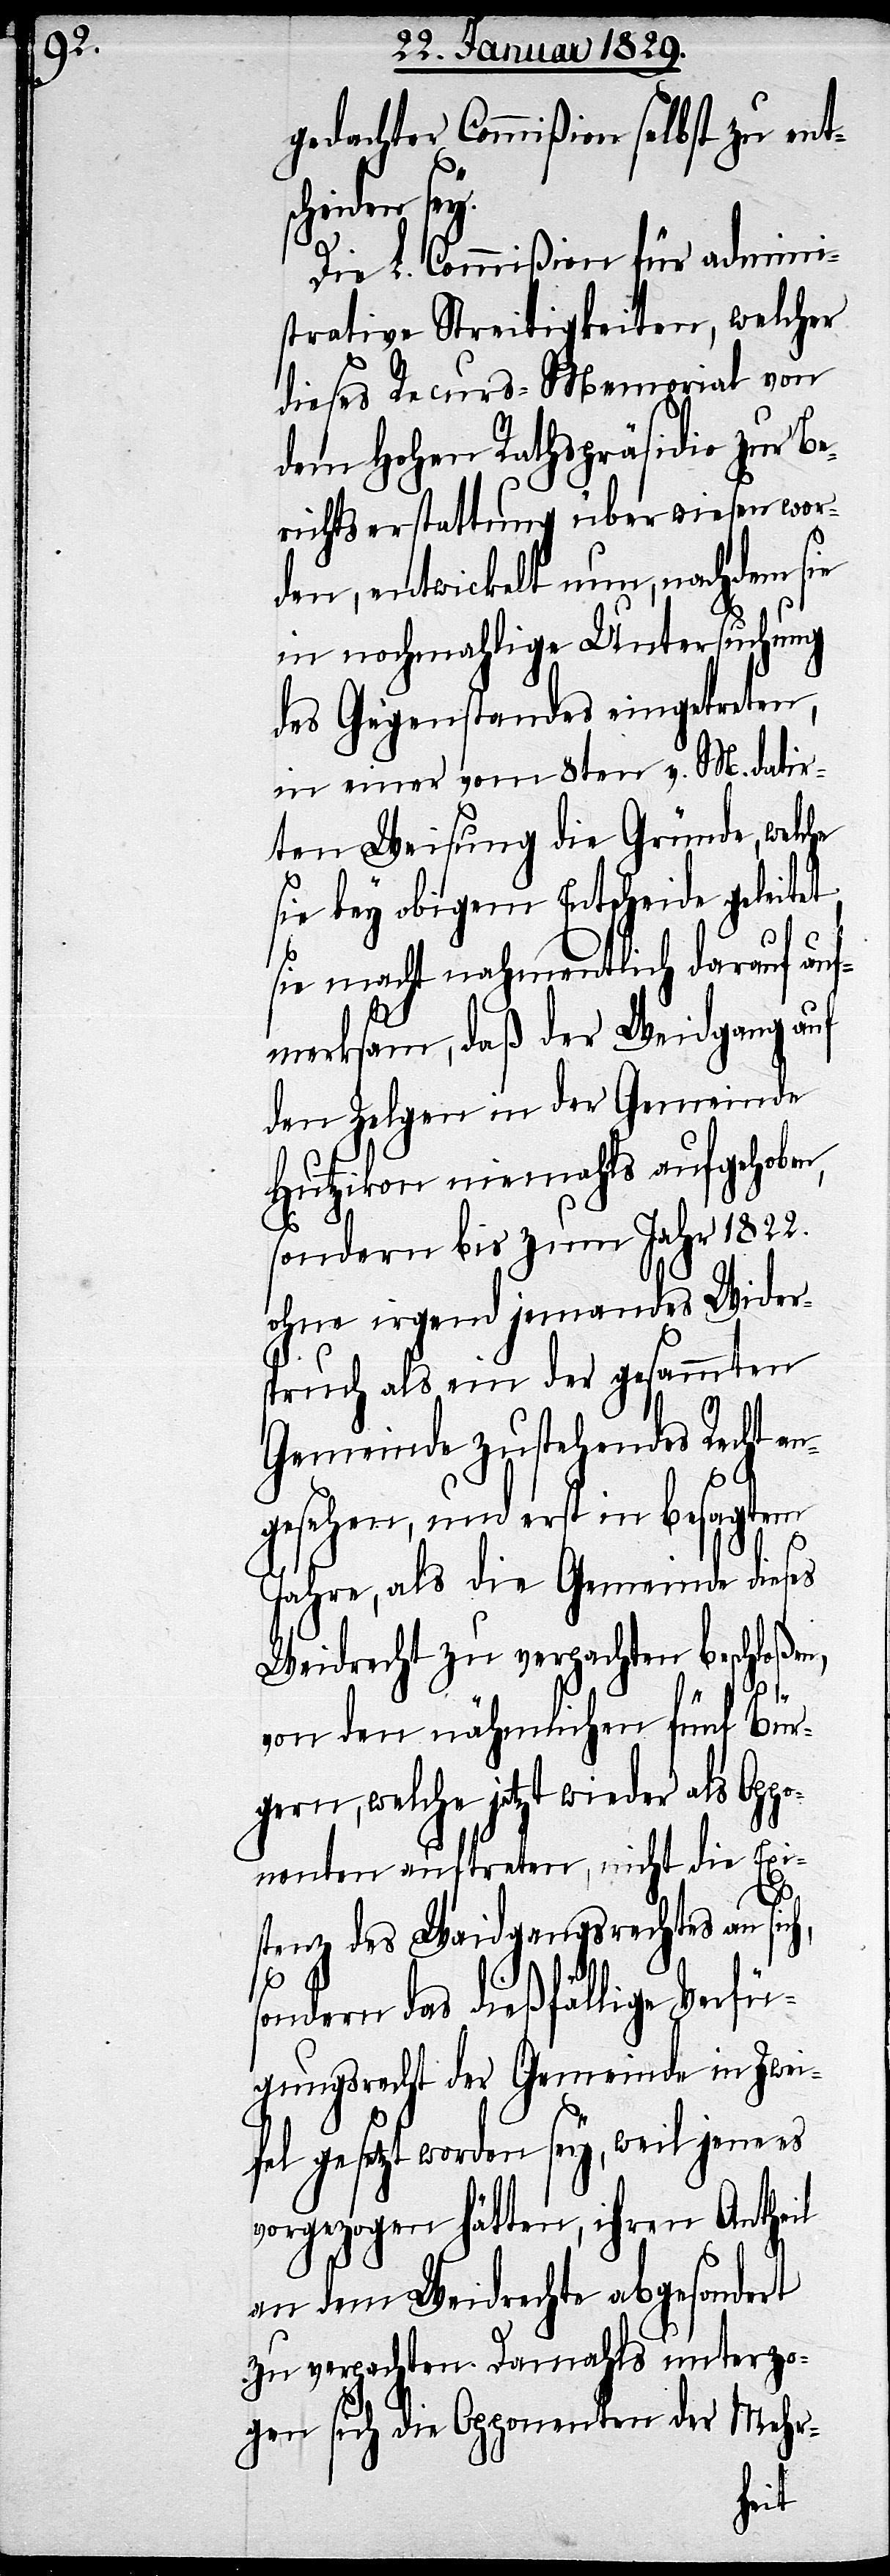
gedachter Commißion selbst zu ents¬
cheiden sey.
Die L. Commißion für admini¬
strative Streitigkeiten, welcher
dieses Recurs-Memorial von
dem Hohen Rathspräsidio zur Be¬
richtserstattung überwiesen wor¬
den, entwickelt nun, nachdem sie
in nochmahlige Untersuchung
des Gegenstandes eingetreten,
in einer vom 8ten v. M. datir¬
ten Weisung die Gründe, welche
sie bey obigem Entscheide geleitet;
sie macht nahmentlich darauf auf¬
merksam, daß der Weidgang auf
den Zelgen in der Gemeinde
Hutzikon niemahls aufgehoben,
h,
sondern bis zum Jahr 1822.
ohne irgend jemandes Wider¬
spruch als ein der gesammten
Gemeinde zustehendes Recht
gesehen, und erst in besagtem
Jahre, als die Gemeinde dieses
Weidrecht zu verpachten beschloßen,
von den nähmlichen fünf Bür¬
gern, welche jetzt wieder als Opp¬
onenten auftreten, nicht die Exi¬
stenz des Waidgangsrechts an sic¬
sondern das dießfällige Verfü¬
gungsrecht der Gemeinde in Zwei¬
fel gesetzt worden sey, weil jene es
vorgezogen hätten, ihren Antheil
an dem Weidrechte absondert
zu verpachten. Damahls unterzo¬
gen sich die Opponenten der Mehr-